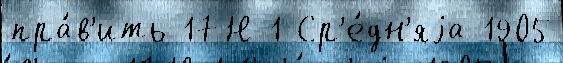
пра́в'ить 17Н-1 Ср'е́дн'яjа 1905